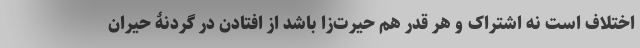
اختلاف است نه اشتراک و هر قدر هم حیرت‌زا باشد از افتادن در گردنۀ حیران